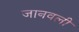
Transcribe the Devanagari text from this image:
जानवली